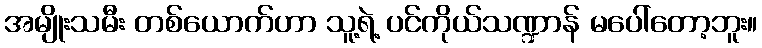
အမျိုးသမီး တစ်ယောက်ဟာ သူ့ရဲ့ ပင်ကိုယ်သဏ္ဍာန် မပေါ်တော့ဘူး။